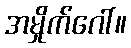
အမှိုက်ဂေါ်။